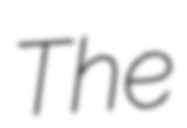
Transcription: The